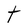
Character: t